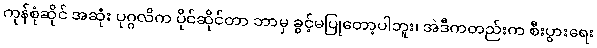
ကုန်စုံဆိုင် အဆုံး ပုဂ္ဂလိက ပိုင်ဆိုင်တာ ဘာမှ ခွင့်မပြုတော့ပါဘူး၊ အဲဒီကတည်းက စီးပွားရေး